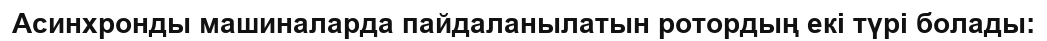
Асинхронды машиналарда пайдаланылатын ротордың екі түрі болады: